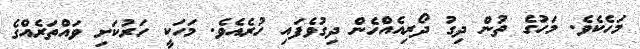
މަހެކެވެ. މަހުގެ ތުން ދިގު ދޯރިއެއްހެން ދިގުވެފައި ހުރެއެވެ. މަހަކީ ހަރުކަށި ވައްތަރެއްގެ